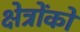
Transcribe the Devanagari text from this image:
क्षेत्रोंको